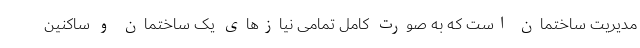
مدیریت ساختمان است که به صورت کامل تمامی نیازهای یک ساختمان و ساکنین